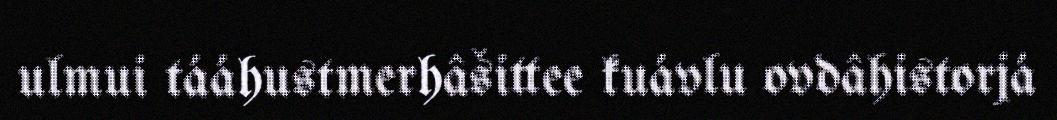
ulmui tááhustmerhâšittee kuávlu ovdâhistorjá